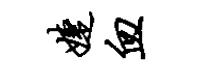
婕血